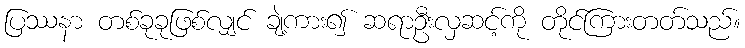
ပြဿနာ တစ်ခုခုဖြစ်လျှင် ချဲ့ကား၍ ဆရာဦးလှဆင့်ကို တိုင်ကြားတတ်သည်။